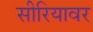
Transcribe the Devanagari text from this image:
सीरियावर